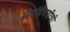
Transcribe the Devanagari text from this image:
अंगांविषयीची